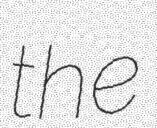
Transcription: the